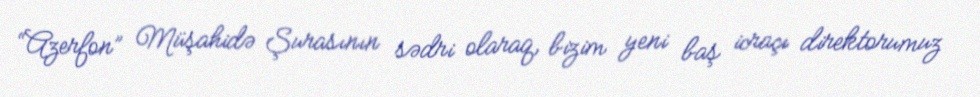
“Azerfon” Müşahidə Şurasının sədri olaraq, bizim yeni baş icraçı direktorumuz